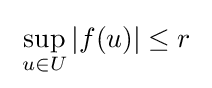
\;\sup _{u\in U}|f(u)|\leq r\;